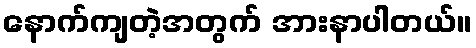
နောက်ကျတဲ့အတွက် အားနာပါတယ်။